Elephants and their diseases
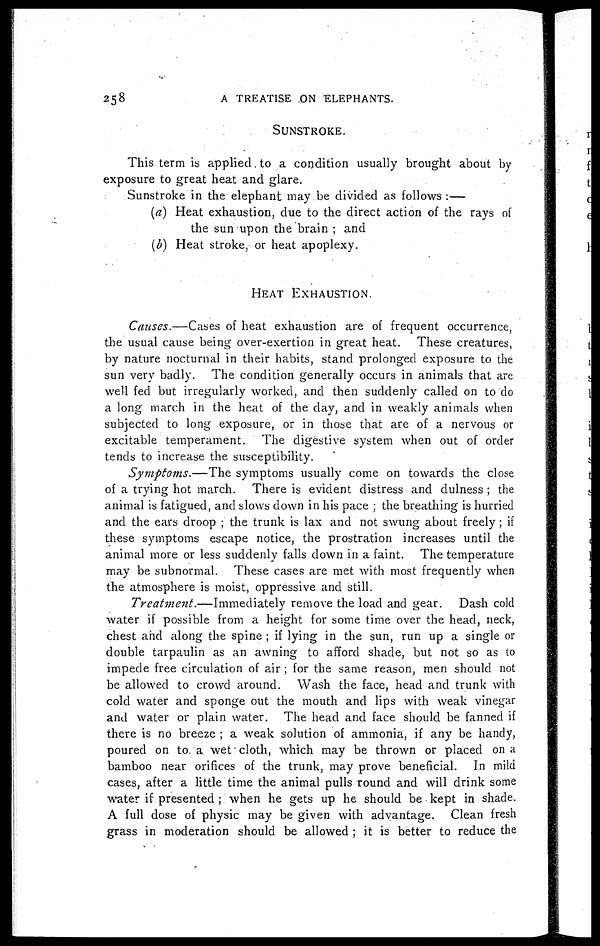
258
A TREATISE ON ELEPHANTS.
SUNSTROKE.
This term is applied to a condition usually brought about by
exposure to great heat and glare.
Sunstroke in the elephant may be divided as follows :—
(a) Heat exhaustion, due to the direct action of the rays of
the sun upon the brain ; and
(b) Heat stroke, or heat apoplexy.
HEAT EXHAUSTION.
Causes.—Cases of heat exhaustion are of frequent occurrence,
the usual cause being over-exertion in great heat. These creatures,
by nature nocturnal in their habits, stand prolonged exposure to the
sun very badly. The condition generally occurs in animals that are
well fed but irregularly worked, and then suddenly called on to do
a long march in the heat of the day, and in weakly animals when
subjected to long exposure, or in those that are of a nervous or
excitable temperament. The digestive system when out of order
tends to increase the susceptibility.
Symptoms.—The symptoms usually come on towards the close
of a trying hot march. There is evident distress and dulness ; the
animal is fatigued, and slows down in his pace ; the breathing is hurried
and the ears droop ; the trunk is lax and not swung about freely ; if
these symptoms escape notice, the prostration increases until the
animal more or less suddenly falls down in a faint. The temperature
may be subnormal. These cases are met with most frequently when
the atmosphere is moist, oppressive and still.
Treatment.—Immediately
remove the load and gear. Dash cold
water if possible from a height for some time over the head, neck,
chest and along the spine ; if lying in the sun, run up a single or
double tarpaulin as an awning to afford shade, but not so as to
impede free circulation of air ; for the same reason, men should not
be allowed to crowd around. Wash the face, head and trunk with
cold water and sponge out the mouth and lips with weak vinegar
and water or plain water. The head and face should be fanned if
there is no breeze ; a weak solution of ammonia, if any be handy,
poured on to a wet cloth, which may be thrown or placed on a
bamboo near orifices of the trunk, may prove beneficial. In mild
cases, after a little time the animal pulls round and will drink some
water if presented ; when he gets up he should be kept in shade.
A full dose of physic may be given with advantage. Clean fresh
grass in moderation should be allowed ; it is better to reduce the